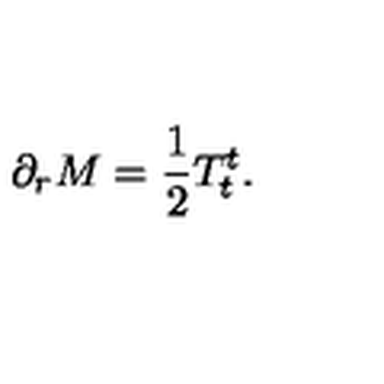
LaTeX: \partial _ { r } M = { \frac { 1 } { 2 } } T _ { t } ^ { t } .